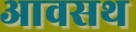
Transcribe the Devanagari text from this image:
आवसथ